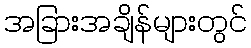
အခြားအချိန်များတွင်